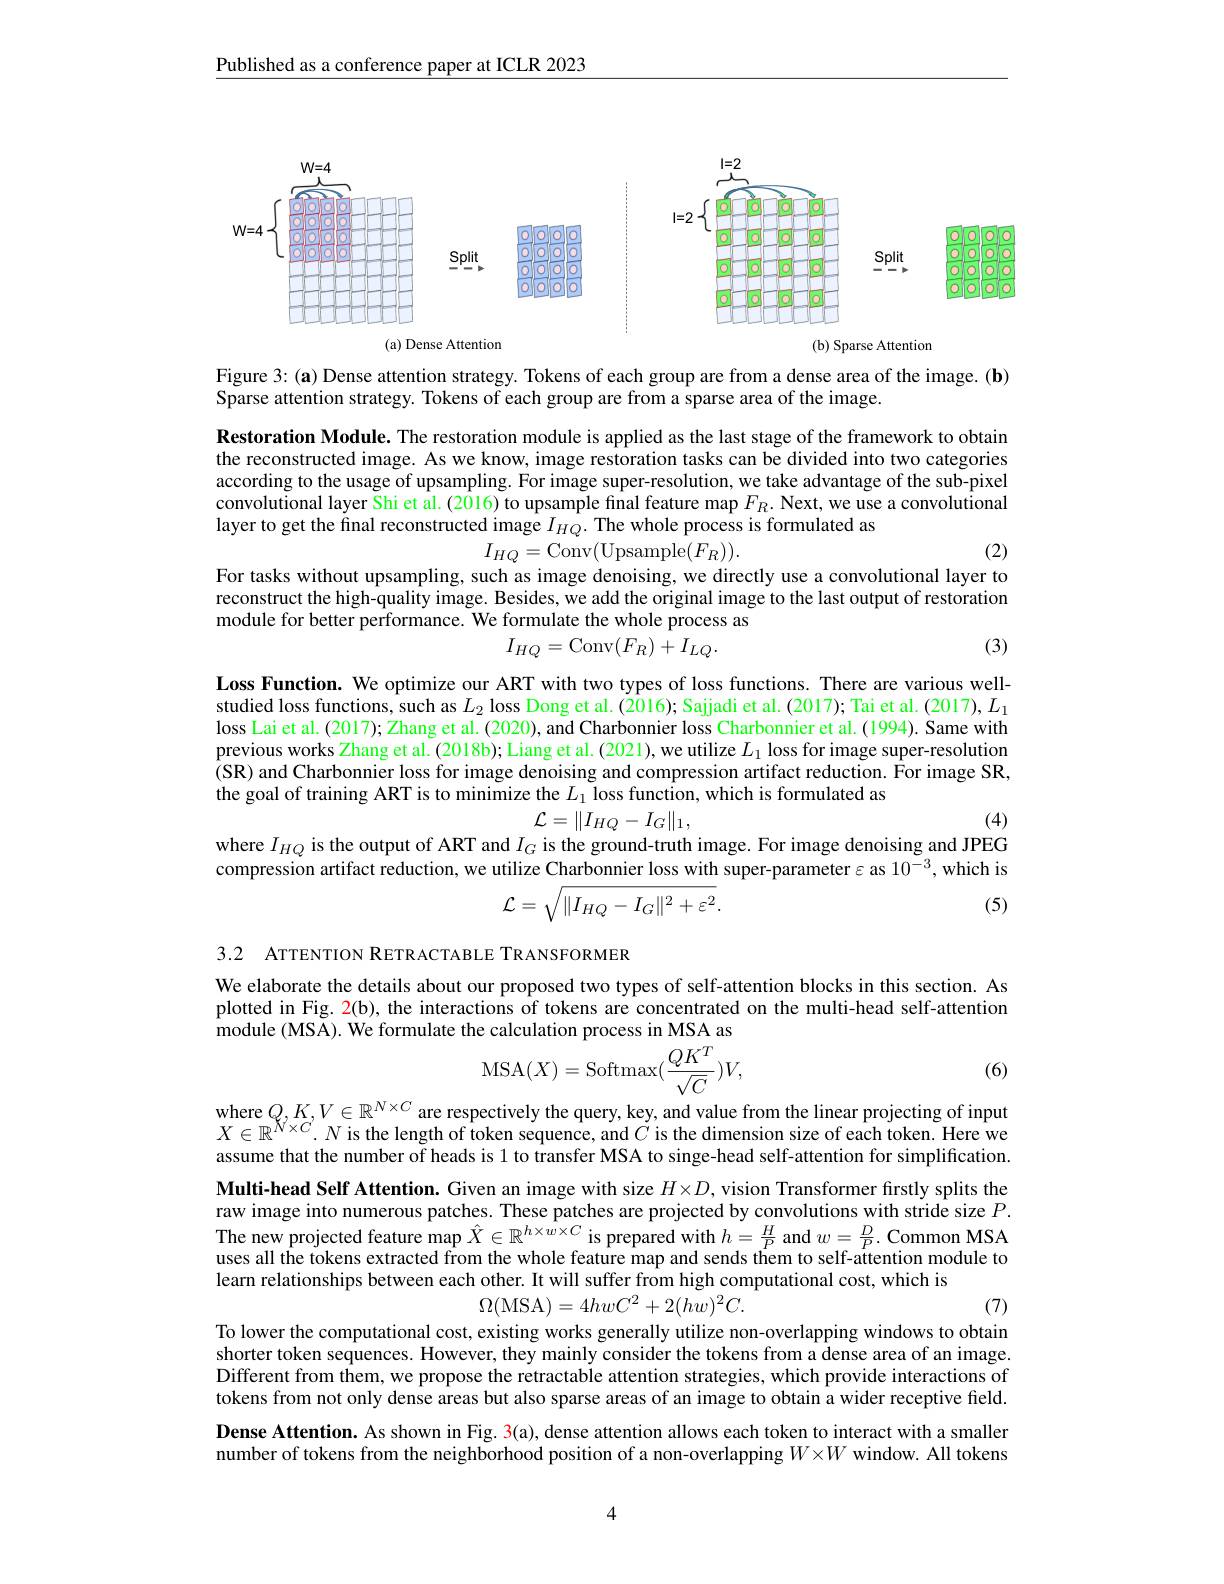
Published as a conference paper at ICLR 2023

<FigureHere>

Figure 3: (a) Dense attention strategy. Tokens of each group are from a dense area of the image. (b)
Sparse attention strategy. Tokens of each group are from a sparse area of the image.

Restoration Module. The restoration module is applied as the last stage of the framework to obtain the reconstructed image. As we know, image restoration tasks can be divided into two categories according to the usage of upsampling. For image super-resolution, we take advantage of the sub-pixel convolutional layer Shi et al. (2016) to upsample final feature map $F_R.$ Next, we use a convolutional layer to get the final reconstructed image $I_{HQ}.$ The whole process is formulated as
(2)
$$I_{HQ}=\tilde{\mathrm{Conv}(\mathrm{Upsample}(F_{R}))}.$$
For tasks without upsampling, such as image denoising, we directly use a convolutional layer to reconstruct the high-quality image. Besides, we add the original image to the last output of restoration module for better performance. We formulate the whole process as
(3)
$$I_{HQ}=\mathrm{Conv}(F_{R})+\hat{I_{LQ}}.$$
Loss Function. We optimize our ART with two types of loss functions. There are various wellstudied loss functions, such as $L_2$ loss Dong et al. (2016); Sajjadi et al. (2017); Tai et al. (2017), $L_1$ loss Lai et al. (2017); Zhang et al. (2020), and Charbonnier loss Charbonnier et al. (1994). Same with previous works Zhang et al. (2018b); Liang et al. (2021), we utilize $L_1$ loss for image super-resolution (SR) and Charbonnier loss for image denoising and compression artifact reduction. For image SR, the goal of training ART is to minimize the $L_1$ loss function, which is formulated as
$\mathcal{L}=\|I_{HQ}-I_G\|_1$,

(4)
where $I_HQ$ is the output of ART and $I_G$ is the ground-truth image. For image denoising and JPEG

compression artifact reduction, we utilize Charbonnier loss with super-parameter $\varepsilon$ as $10^{-3}$, which is
$$\mathcal{L}=\sqrt{\|I_{HQ}-I_{G}\|^{2}+\varepsilon^{2}}.$$
(5)

3.2 ATTENTION RETRACTABLE TRANSFORMER

We elaborate the details about our proposed two types of self-attention blocks in this section. As plotted in Fig. 2(b), the interactions of tokens are concentrated on the multi-head self-attention module (MSA). We formulate the calculation process in MSA as
$$\mathrm{MSA}(X)=\mathrm{Softmax}(\frac{QK^T}{\sqrt{C}})V,$$
(6)

$X\in\mathbb{R}^{N\times C}.N$ is the length of token sequence, and $C$ is the dimension size of each token. Here we assume that the number of heads is 1 to transfer MSA to singe-head self-attention for simplification. Multi-head Self Attention. Given an image with size $H\times D$, vision Transformer firstly splits the raw image into numerous patches. These patches are projected by convolutions with stride size $P.$ The new projected feature map $\hat{X}\in\mathbb{R}^{h\times w\times C}$ is prepared with $h=\frac HP$ and $w=\frac DP.$ Common MSA uses all the tokens extracted from the whole feature map and sends them to self-attention module to learn relationships between each other. It will suffer from high computational cost, which is
$$\Omega(\mathrm{MSA})=4hwC^{2}+2(hw)^{2}C.$$
(7)

To lower the computational cost, existing works generally utilize non-overlapping windows to obtain shorter token sequences. However, they mainly consider the tokens from a dense area of an image. Different from them, we propose the retractable attention strategies, which provide interactions of tokens from not only dense areas but also sparse areas of an image to obtain a wider receptive field. Dense Attention. As shown in Fig. 3(a), dense attention allows each token to interact with a smaller number of tokens from the neighborhood position of a non-overlapping $W\times W$ window. All tokens